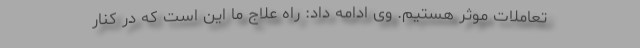
تعاملات موثر هستیم. وی ادامه داد: راه علاج ما این است که در کنار